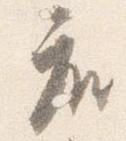
座